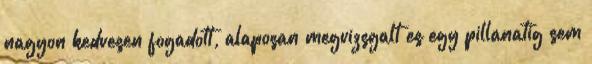
nagyon kedvesen fogadott, alaposan megvizsgalt es egy pillanatig sem